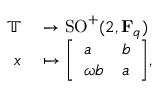
\begin{array} { r l } { \mathbb { T } } & { { } \to \operatorname { S O } ^ { + } ( 2 , \mathbf { F } _ { q } ) } \\ { x } & { { } \mapsto { \left[ \begin{array} { l l } { a } & { b } \\ { \omega b } & { a } \end{array} \right] } , } \end{array}